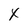
Character: X